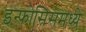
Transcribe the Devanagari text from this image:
इन्फोसिसमध्ये